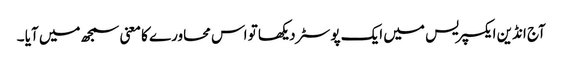
آج انڈین ایکسپریس میں ایک پوسٹر دیکھا تو اس محاورے کا معنی سمجھ میں آیا ۔